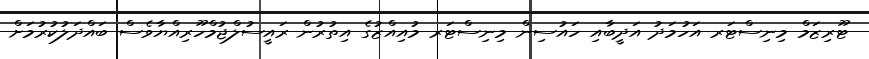
ޓޫރިޒަމް މިނިސްޓަރ އަހުމަދު އަދީބާއި ހައުސިން މިނިސްޓަރ މުއިއްޒުގެ އިތުރުން ރައީސުލްޖުމްހޫރިއްޔާވެސް ބައްދަލުކުރުމަށް